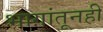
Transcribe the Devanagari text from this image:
भागांतूनही